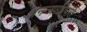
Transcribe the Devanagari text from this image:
अनन्याधिपति